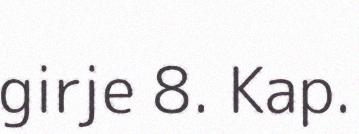
girje 8. Kap.